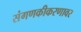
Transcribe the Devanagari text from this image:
संगणकीकरणावर